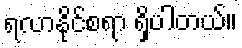
ရလာနိုင်စရာ ရှိပါတယ်။